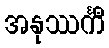
အနုဿင်္ကီ